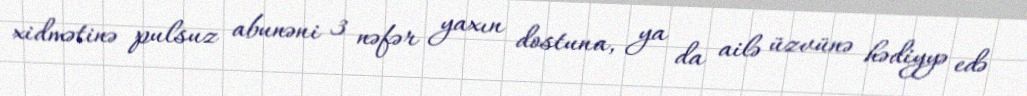
xidmətinə pulsuz abunəni 3 nəfər yaxın dostuna, ya da ailə üzvünə hədiyyə edə